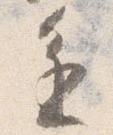
進